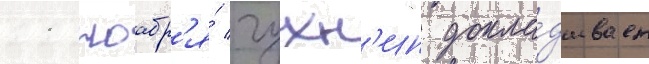
11 ноабр'я́ чухн'ин докла́дывает